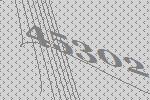
45302